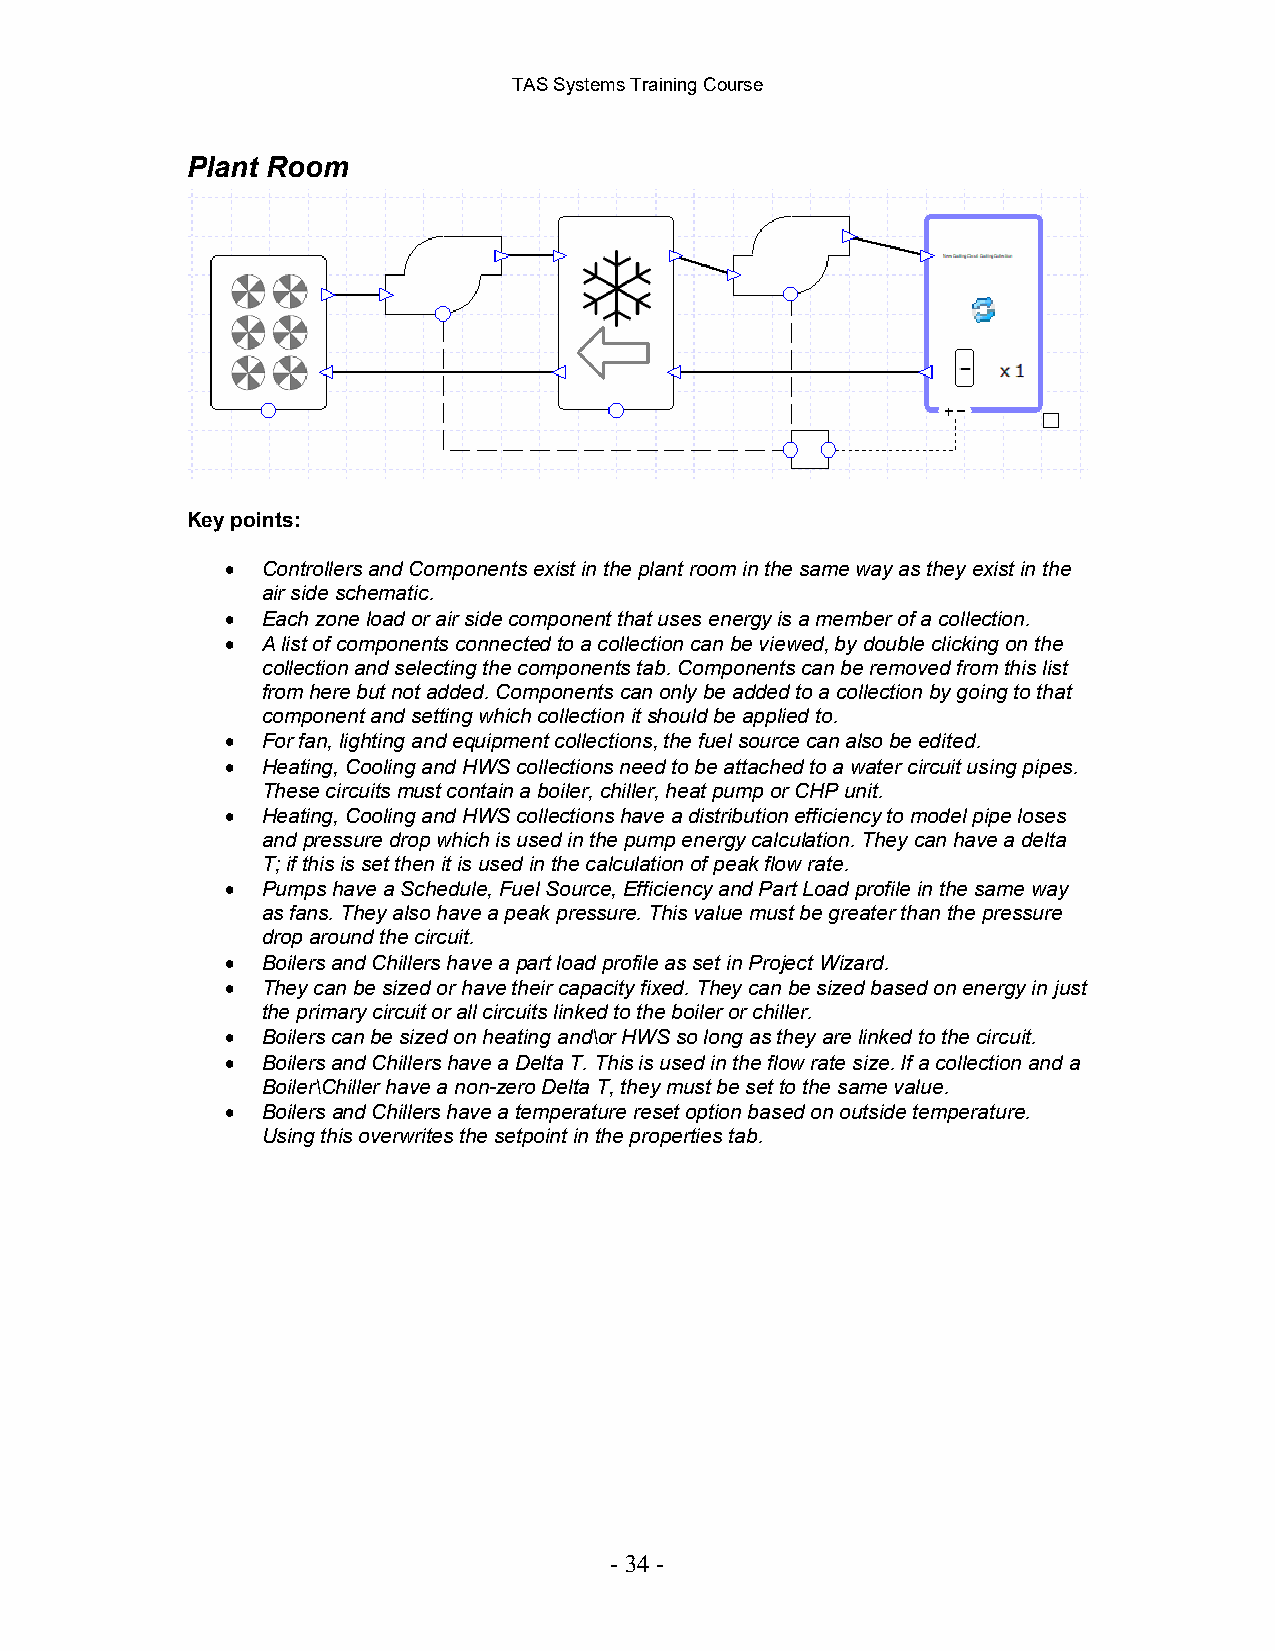
TAS Systems Training Course
 Plant Room
 Key points:
 • Controllers and Components exist in the plant room in the same way as they exist in the
 air side schematic.
 • Each zone load or air side component that uses energy is a member of a collection.
 • A list of components connected to a collection can be viewed, by double clicking on the
 collection and selecting the components tab. Components can be removed from this list
 from here but not added. Components can only be added to a collection by going to that
 component and setting which collection it should be applied to.
 • For fan, lighting and equipment collections, the fuel source can also be edited.
 • Heating, Cooling and HWS collections need to be attached to a water circuit using pipes.
 These circuits must contain a boiler, chiller, heat pump or CHP unit.
 • Heating, Cooling and HWS collections have a distribution efficiency to model pipe loses
 and pressure drop which is used in the pump energy calculation. They can have a delta
 T; if this is set then it is used in the calculation of peak flow rate.
 • Pumps have a Schedule, Fuel Source, Efficiency and Part Load profile in the same way
 as fans. They also have a peak pressure. This value must be greater than the pressure
 drop around the circuit.
 • Boilers and Chillers have a part load profile as set in Project Wizard.
 • They can be sized or have their capacity fixed. They can be sized based on energy in just
 the primary circuit or all circuits linked to the boiler or chiller.
 • Boilers can be sized on heating and\or HWS so long as they are linked to the circuit.
 • Boilers and Chillers have a Delta T. This is used in the flow rate size. If a collection and a
 Boiler\Chiller have a non-zero Delta T, they must be set to the same value.
 • Boilers and Chillers have a temperature reset option based on outside temperature.
 Using this overwrites the setpoint in the properties tab.
 - 34 -